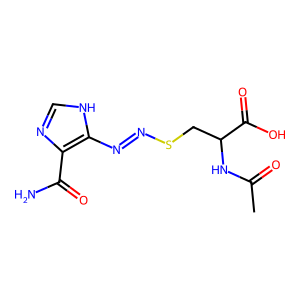
SMILES: CC(=O)NC(CSN=Nc1[nH]cnc1C(N)=O)C(=O)O
Inhibits HIV replication: No